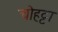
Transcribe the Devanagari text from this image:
चोहट्टा